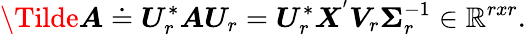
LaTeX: \Tilde{\boldsymbol{A}}\doteq\boldsymbol{U}_{r}^{*}\boldsymbol{A}\boldsymbol{U}_{r}=\boldsymbol{U}_{r}^{*}\boldsymbol{X}^{'}\boldsymbol{V}_{r}\boldsymbol{\Sigma}_{r}^{-1}\in\mathbb{R}^{rxr}.